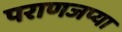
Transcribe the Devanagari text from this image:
पराणजप्या